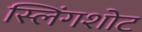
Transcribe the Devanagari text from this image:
स्लिंगशोट